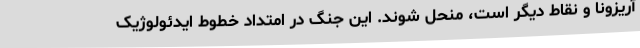
آریزونا و نقاط دیگر است، منحل شوند. این جنگ در امتداد خطوط ایدئولوژیک